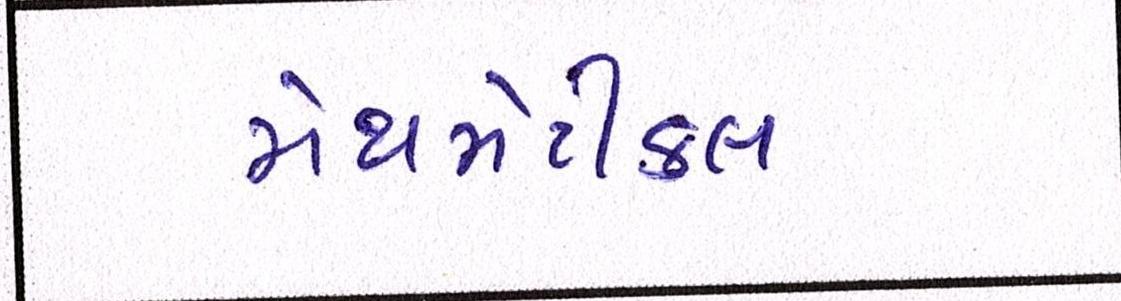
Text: મેથમેટીકલ